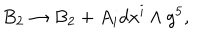
LaTeX: B _ { 2 } \rightarrow B _ { 2 } + A _ { i } d x ^ { i } \wedge g ^ { 5 } ,